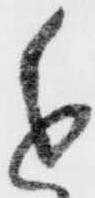
進